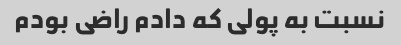
نسبت به پولی که دادم راضی بودم